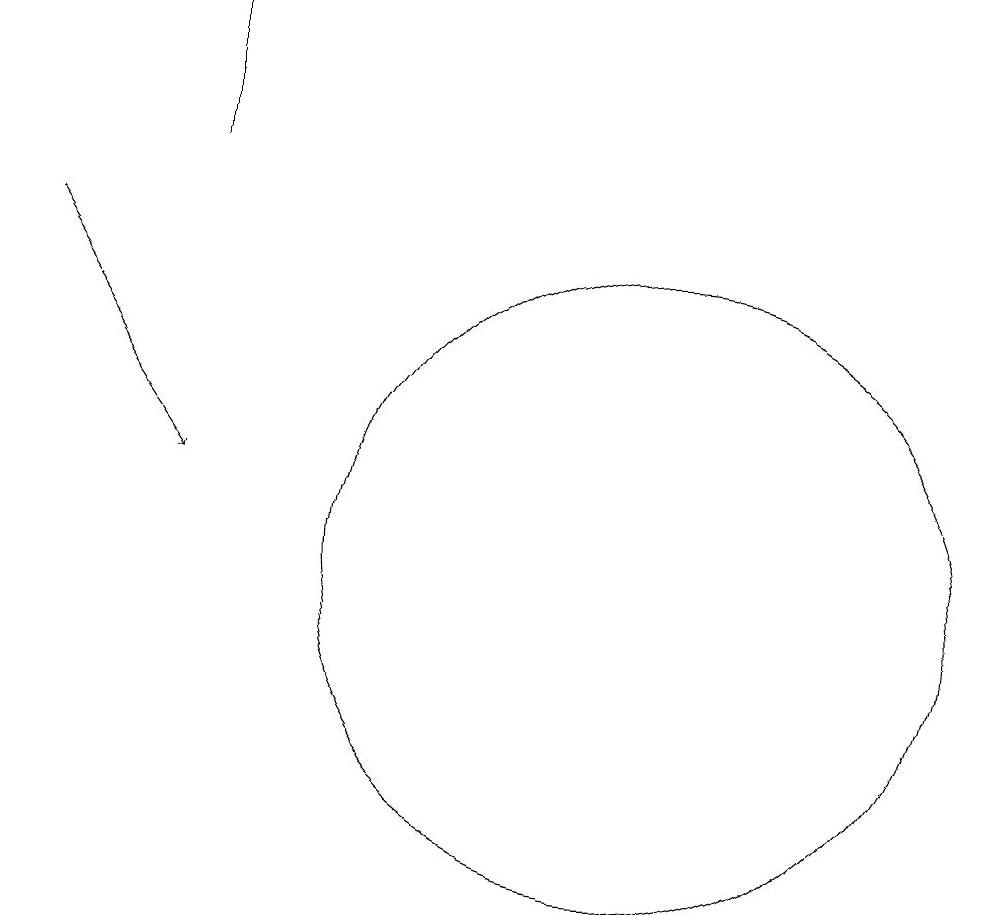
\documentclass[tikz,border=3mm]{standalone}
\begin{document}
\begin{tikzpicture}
\draw[->] (6,15) -- (6,17);
\draw (12,10) circle (4);
\draw[->] (4,14) -- (6,11);
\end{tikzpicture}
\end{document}